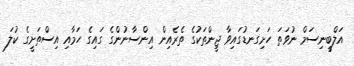
އަލްބީނިސަމް ނުވަތަ ހަށިގަނޑުގައިވާ ޖީންތަކުގެ ތެރެއިން އިންސާނުންގެ ގައިގެ ހަމާއި އިސްތަށީގެ ކުލަ